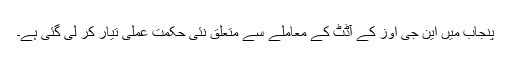
پنجاب میں این جی اوز کے آڈٹ کے معاملے سے متعلق نئی حکمت عملی تیار کر لی گئی ہے۔